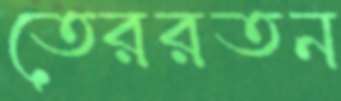
তেররতন